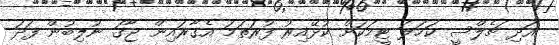
އަދި ޗެލްސީ ކަހަލަ ޓީމަކަށް ކުޅޭއިރު ފުރަތަމަ އެގާރައިން ޖާގަ ނުލިބުން ފަދަ